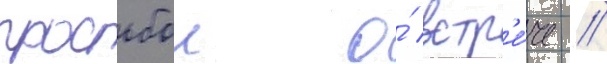
просьбои о́ встр'е́че //